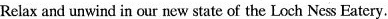
Relax and un wind in our new state of the Loch Ness Eatery.